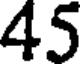
45